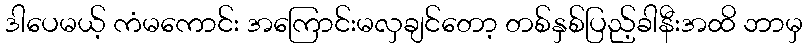
ဒါပေမယ့် ကံမကောင်း အကြောင်းမလှချင်တော့ တစ်နှစ်ပြည့်ခါနီးအထိ ဘာမှ